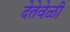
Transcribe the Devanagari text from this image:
देतेवेळी